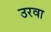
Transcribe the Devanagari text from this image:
उरवा